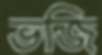
ভজি